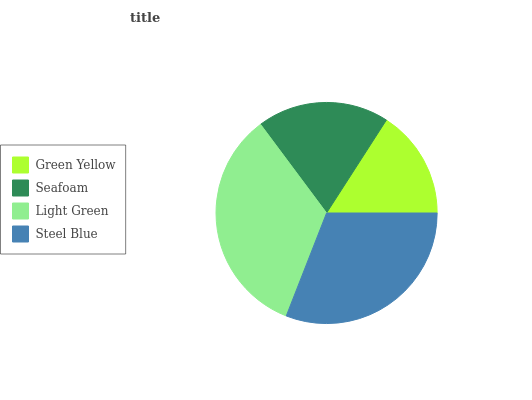
| Green Yellow | Seafoam | Light Green | Steel Blue |
 | --- | --- | --- | --- |
 | 15.9% | 19.3% | 33.9% | 30.9% |